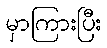
မှာကြားပြီး